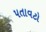
પતાવટો